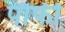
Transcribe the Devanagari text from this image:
पौफी